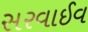
સરવાઈવ